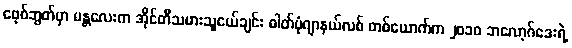
ဖေ့စ်ဘွတ်မှာ မန္တလေးက အိုင်တီသမားသူငယ်ချင်း ဓါတ်ပုံဂျာနယ်လစ် တစ်ယောက်က ၂၀၁၀ ဘလော့ဂ်ဒေးရဲ့